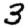
Digit: 3